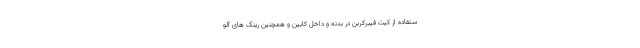
ستفاده از کیت فیبرکربن در بدنه و داخل کابین و همچنین رینگ های آلو